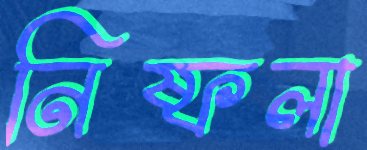
নিষ্ফলা